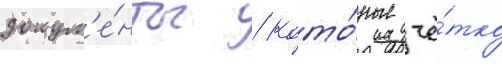
докум'е́нты / кото́рые чё́тко